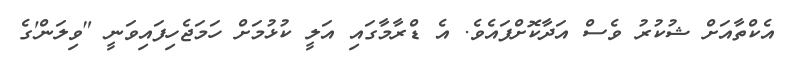
އެކްތާއަށް ޝުކުރު ވެސް އަދާކޮށްފައެވެ. އެ ޑްރާމާގައި އަލީ ކުޅުމަށް ހަމަޖެހިފައިވަނީ "ވިލަން'ގެ